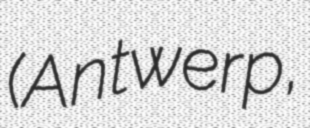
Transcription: (Antwerp,